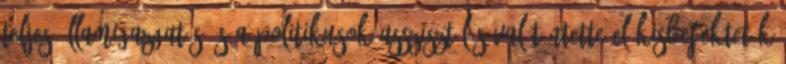
teljes államigazgatás és a politikusok asszisztálásával tüntette el kisbefektetők